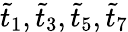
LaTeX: \tilde{t}_{1},\tilde{t}_{3},\tilde{t}_{5},\tilde{t}_{7}